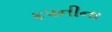
કપનીના